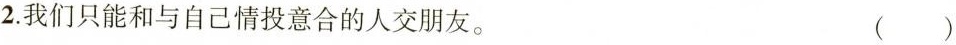
2.我们只能和与自己情投意合的人交朋友。 ()